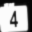
Digit: 4